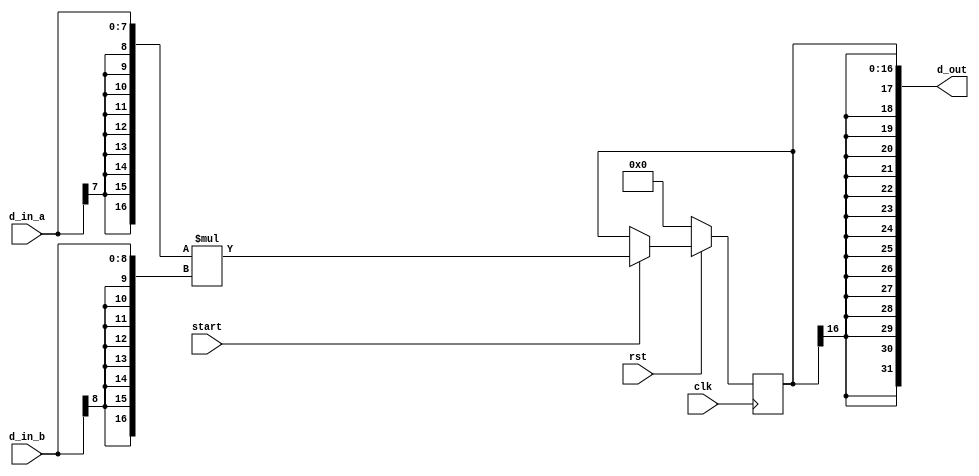
module Mult9(
    input clk,
    input rst,
    input [7:0] d_in_a,
    input [8:0] d_in_b,
    input start,
    output [31:0] d_out
);
    reg [16:0] mult;

    always @(posedge clk) begin
        if(!rst) begin
            mult <= 17'd0;
        end
        else begin
            if(start) begin
                mult <= {{9{d_in_a[7]}}, d_in_a} * {{8{d_in_b[8]}}, d_in_b};
            end
            else begin
                mult <= mult;
            end
        end
    end

    assign d_out = {{15{mult[16]}}, mult};

endmodule